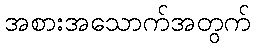
အစားအသောက်အတွက်